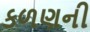
કળણની